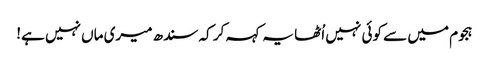
ہجوم میں سے کوئی نہیں اُٹھا یہ کہہ کر کہ سندھ میری ماں نہیں ہے!